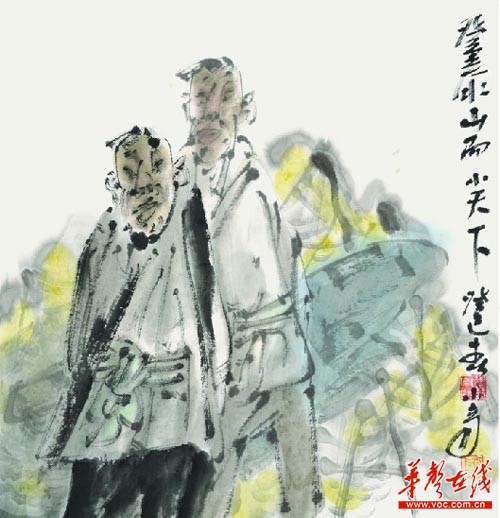
登泰山而小天下。